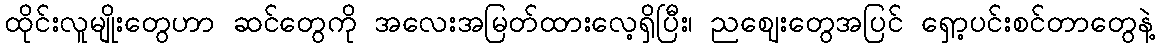
ထိုင်းလူမျိုးတွေဟာ ဆင်တွေကို အလေးအမြတ်ထားလေ့ရှိပြီး၊ ညဈေးတွေအပြင် ရှော့ပင်းစင်တာတွေနဲ့